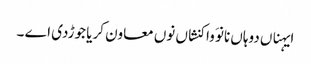
ایہناں دوہاں نانوَ واکنشاں نوں معاون کریا جوڑدی اے ۔